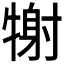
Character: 𤚑